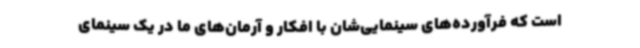
است که فرآورده‌های سینمایی‌شان با افکار و آرمان‌های ما در یک سینمای